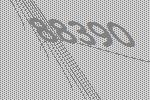
88390